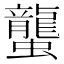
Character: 蠪